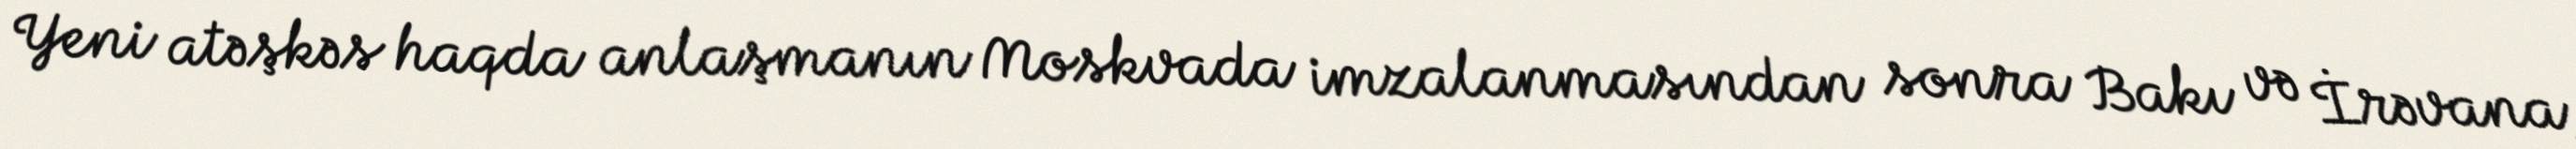
Yeni atəşkəs haqda anlaşmanın Moskvada imzalanmasından sonra Bakı və İrəvana,